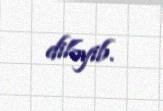
diləyib.